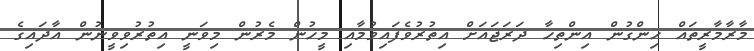
މާރާމާރީތައް ހިންގުން އިންތިހާ ދަރަޖައަށް އިތުރުވެފައިވުމާއި މީހުން މެރުން މިވަނީ އިތުރުވިވީނުން އާދައިގެ